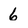
Character: 6